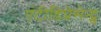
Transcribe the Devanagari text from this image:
एंटीडिप्रेसेन्ट्स